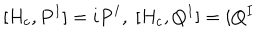
[ H _ { c } , P ^ { I } ] = i P ^ { I } , \; { [ } H _ { c } , Q ^ { I } { ] } = i Q ^ { I }